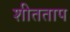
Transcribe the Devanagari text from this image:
शीतताप